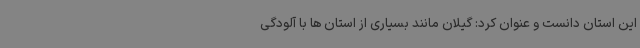
این استان دانست و عنوان کرد: گیلان مانند بسیاری از استان ها با آلودگی